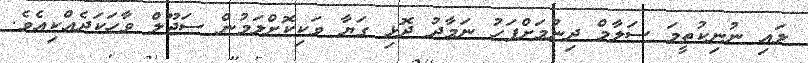
ލައި ނުނިކުތީމަ ސަލާމް ދިނުމަށްފަހު ނަމާދު ދޮޅި ގަޔާ ވަކިކޮށްލަމުން ސަޖޫލް ވާހަކަދެއްކިއެވެ.